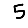
Digit: 5